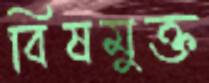
বিষমুক্ত